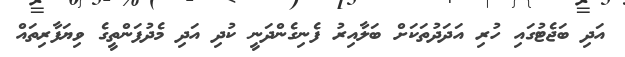
އަދި ބަޖެޓުގައި ހުރި އަދަދުތަކަށް ބަލާއިރު ފެނިގެންދަނީ ކުދި އަދި މެދުފަންތީގެ ވިޔަފާރިތައް